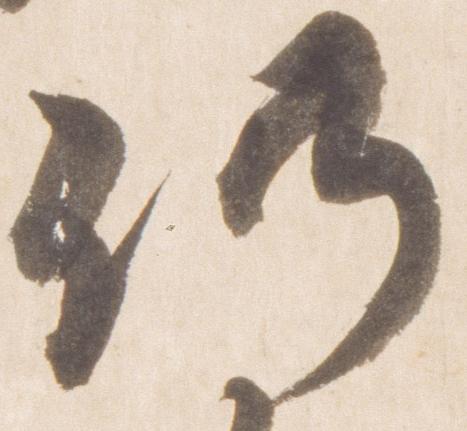
仍